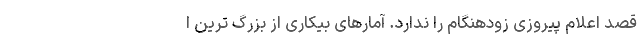
قصد اعلام پیروزی زودهنگام را ندارد. آمارهای بیکاری از بزرگ ترین ا